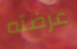
عرضته